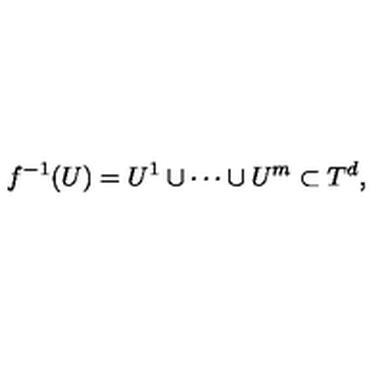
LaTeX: f ^ { - 1 } ( U ) = U ^ { 1 } \cup \cdots \cup U ^ { m } \subset T ^ { d } ,